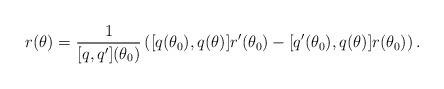
LaTeX: \begin{align*}r(\theta)=\frac{1}{[q,q'](\theta_0)}\left( [q(\theta_0),q(\theta)]r'(\theta_0)-[q'(\theta_0),q(\theta)]r(\theta_0) \right).\end{align*}